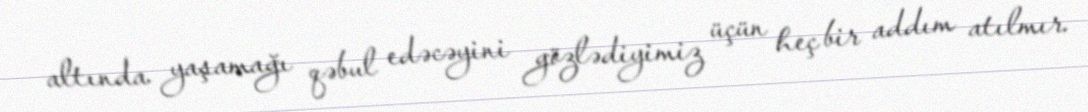
altında yaşamağı qəbul edəcəyini gözlədiyimiz üçün heç bir addım atılmır.